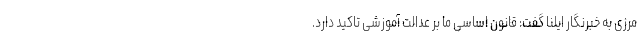
مرزی به خبرنگار ایلنا گفت: قانون اساسی ما بر عدالت آموزشی تاکید دارد.